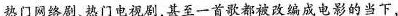
热门网络剧热门电视剧,其至一首歌都被改编成电影的当下，